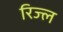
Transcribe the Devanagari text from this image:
रिज्ल